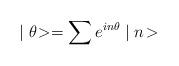
LaTeX: \begin{align*}\mid \theta \! >= \sum e^{i n \theta} \mid n \!>\end{align*}